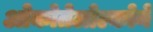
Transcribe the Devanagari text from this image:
ओकोतेलोल्कोने